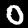
Label: 0